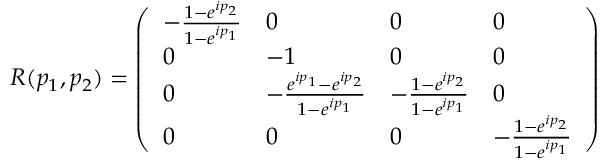
R ( p _ { 1 } , p _ { 2 } ) = \left( \begin{array} { l l l l } { - \frac { 1 - e ^ { i p _ { 2 } } } { 1 - e ^ { i p _ { 1 } } } } & { 0 } & { 0 } & { 0 } \\ { 0 } & { - 1 } & { 0 } & { 0 } \\ { 0 } & { - \frac { e ^ { i p _ { 1 } } - e ^ { i p _ { 2 } } } { 1 - e ^ { i p _ { 1 } } } } & { - \frac { 1 - e ^ { i p _ { 2 } } } { 1 - e ^ { i p _ { 1 } } } } & { 0 } \\ { 0 } & { 0 } & { 0 } & { - \frac { 1 - e ^ { i p _ { 2 } } } { 1 - e ^ { i p _ { 1 } } } } \end{array} \right)